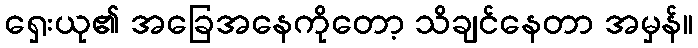
ရှေးယု၏ အခြေအနေကိုတော့ သိချင်နေတာ အမှန်။